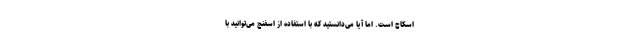
اسکاچ است. اما آیا می‌دانستید که با استفاده از اسفنج می‌توانید با